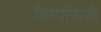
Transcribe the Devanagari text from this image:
कैम्पसियो